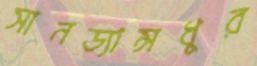
সানড্যান্সধুর